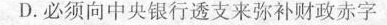
D.必须向中央银行透支来弥补财政赤字